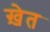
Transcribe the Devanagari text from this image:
ख़ेत